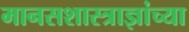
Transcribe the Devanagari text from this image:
मानसशास्त्राज्ञांच्या